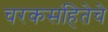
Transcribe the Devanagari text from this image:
चरकसंहितेचे